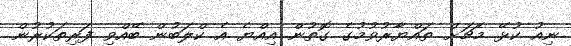
ނިއު ކުޅޭ މެޗަށް ތައްޔާރުވުމުގެ ގޮތުން އިއްޔެ އެ ކްލަބުން ބޭއްވި ފަރިތަކުރުން